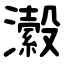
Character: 瀫